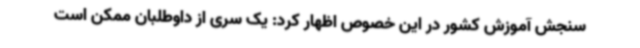
سنجش آموزش کشور در این خصوص اظهار کرد: یک سری از داوطلبان ممکن است